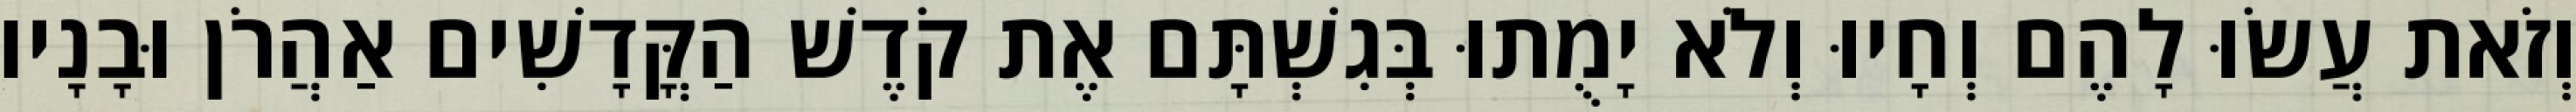
וְזֹאת עֲשׂוּ לָהֶם וְחָיוּ וְלֹא יָמֻתוּ בְּגִשְׁתָּם אֶת קֹדֶשׁ הַקֳּדָשִׁים אַהֲרֹן וּבָנָיו